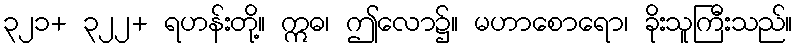
၃၂၁+ ၃၂၂+ ရဟန်းတို့။ ဣဓ၊ ဤလော၌။ မဟာစောရော၊ ခိုးသူကြီးသည်။